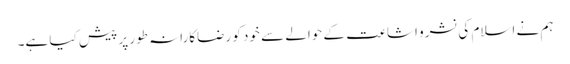
ہم نے اسلام کی نشرو اشاعت کے حوالے سے خود کو رضاکارانہ طور پر پیش کیا ہے۔